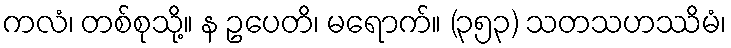
ကလံ၊ တစ်စုသို့။ န ဥပေတိ၊ မရောက်။ (၃၅၃) သတသဟဿိမံ၊